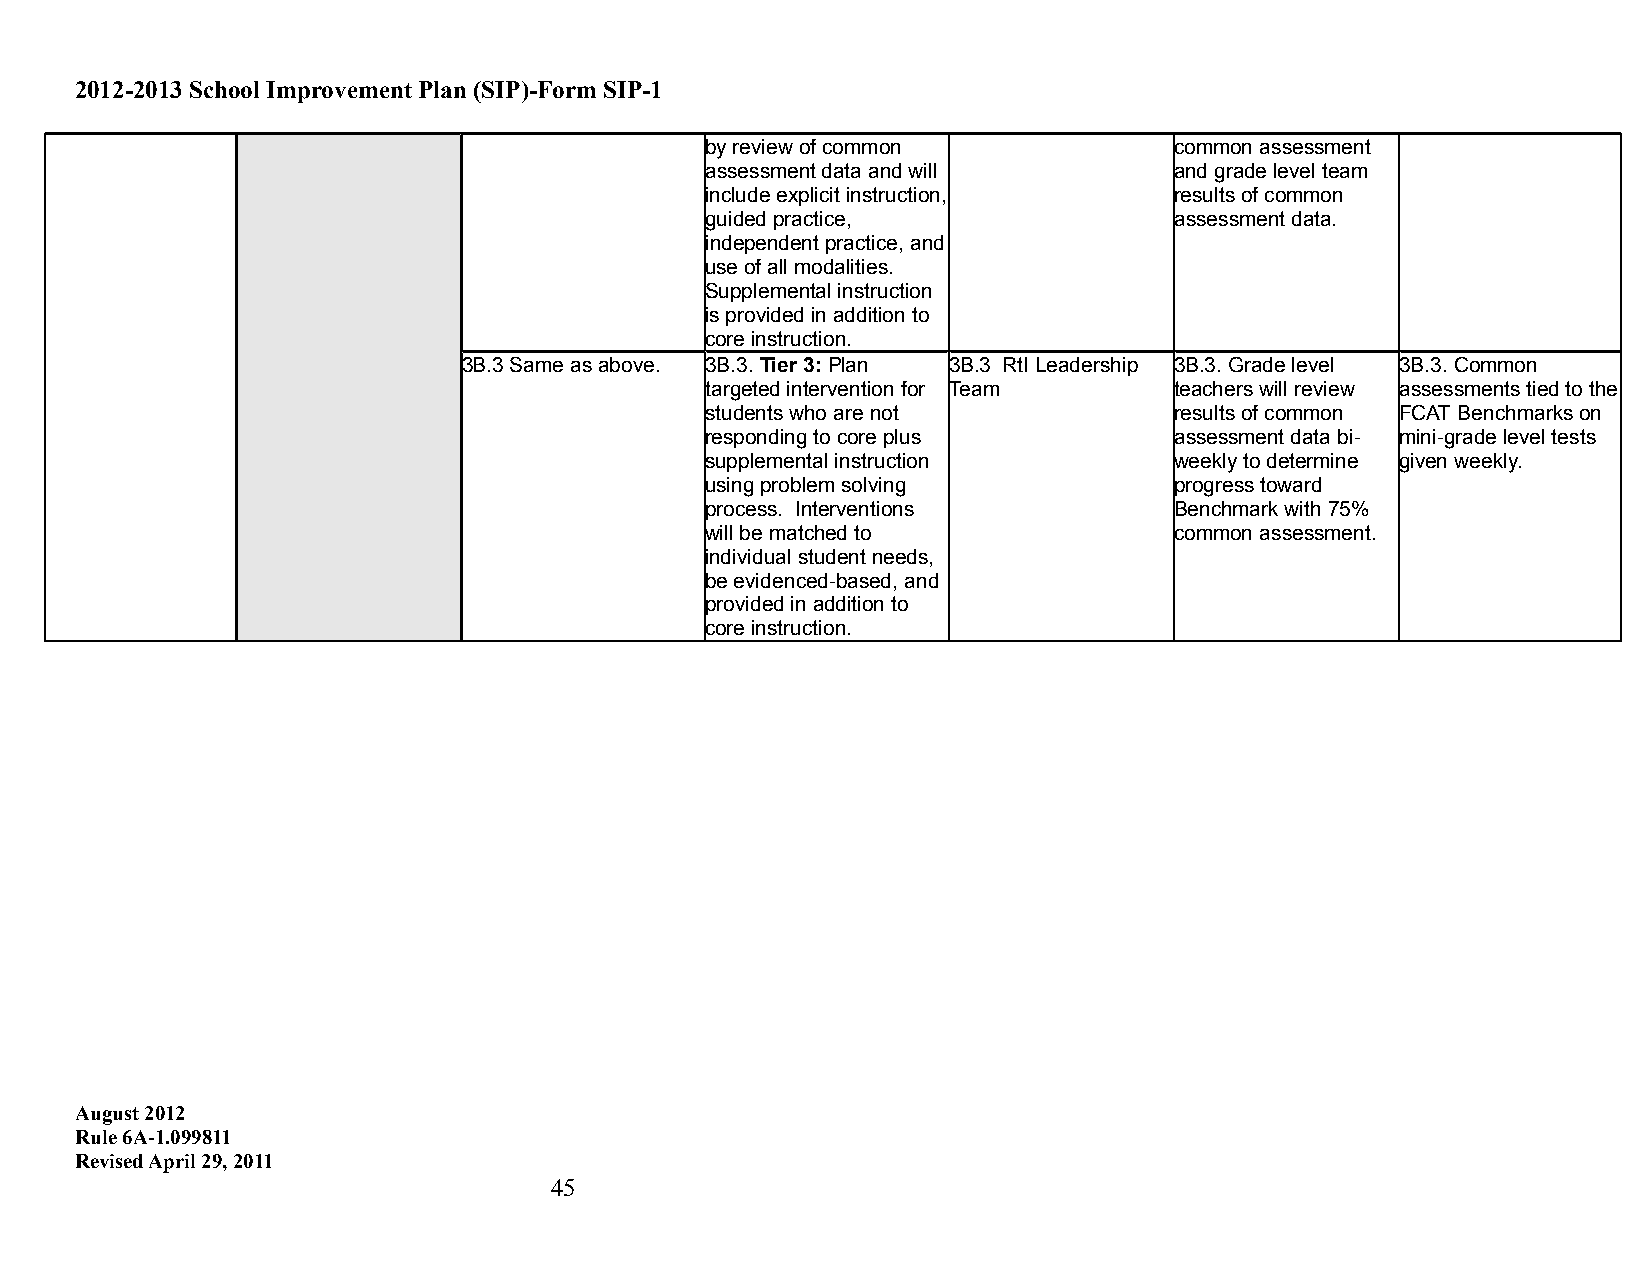
2012-2013 School Improvement Plan (SIP)-Form SIP-1
 by review of common            common assessment
 assessment data and will       and grade level team
 include explicit instruction,  results of common
 guided practice,               assessment data.
 independent practice, and
 use of all modalities.
 Supplemental instruction
 is provided in addition to
 core instruction.
 3B.3 Same as above. 3B.3. Tier 3: Plan 3B.3 RtI Leadership 3B.3. Grade level 3B.3. Common
 targeted intervention for Team teachers will review assessments tied to the
 students who are not           results of common FCAT Benchmarks on
 responding to core plus        assessment data bi- mini-grade level tests
 supplemental instruction       weekly to determine given weekly.
 using problem solving          progress toward
 process. Interventions         Benchmark with 75%
 will be matched to             common assessment.
 individual student needs,
 be evidenced-based, and
 provided in addition to
 core instruction.
 August 2012
 Rule 6A-1.099811
 Revised April 29, 2011
 45